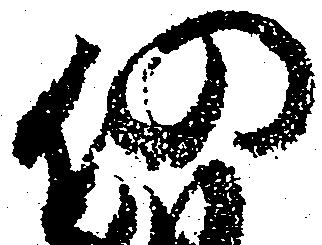
仍